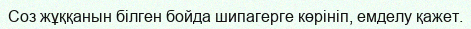
Соз жұққанын білген бойда шипагерге көрініп, емделу қажет.